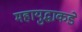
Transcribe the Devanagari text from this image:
महायुद्धाकडे